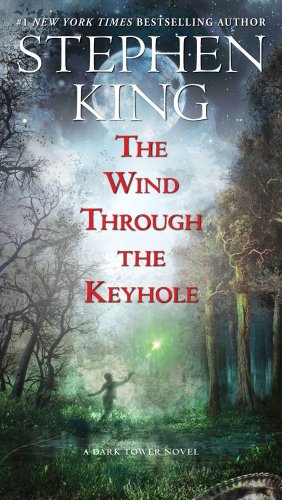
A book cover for The Wind Through the Keyhole: A Dark Tower Novel (The Dark Tower); Stephen King; Science Fiction & Fantasy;